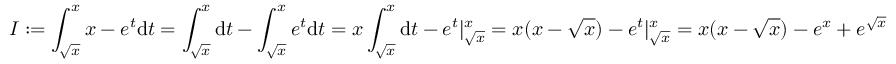
I : = \int _ { \sqrt x } ^ { x } x - e ^ { t } \mathrm { d } t = \int _ { \sqrt x } ^ { x } \mathrm { d } t - \int _ { \sqrt x } ^ { x } e ^ { t } \mathrm { d } t = x \int _ { \sqrt x } ^ { x } \mathrm { d } t - e ^ { t } | _ { \sqrt x } ^ { x } = x ( x - \sqrt { x } ) - e ^ { t } | _ { \sqrt x } ^ { x } = x ( x - \sqrt x ) - e ^ { x } + e ^ { \sqrt x }